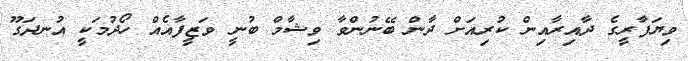
ވިޔަފާރީގެ ދާއިރާއިން ކުރިއަށް ދާން ބޭނުންވާ ވިޝާމް ބުނީ ވަޒީފާއެއް ހޯދުމަކީ އުނދަގޫ